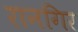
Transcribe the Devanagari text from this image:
रानगिर